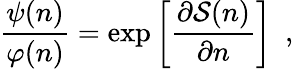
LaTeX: \frac{\psi(n)}{\varphi(n)}=\exp\left[\frac{\partial{\cal S}(n)}{\partial n}\right]\ \ ,